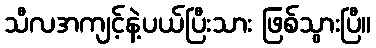
သီလအကျင့်နဲ့ပယ်ပြီးသား ဖြစ်သွားပြီ။